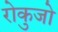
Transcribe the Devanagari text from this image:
रोकुजो